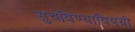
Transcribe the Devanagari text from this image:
सुचविण्याविषयी